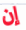
إن